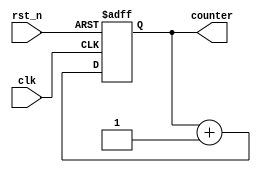
module counter_8bit (
    input clk,
    input rst_n,
    output [7:0] counter);

reg [7:0] counter_r = 0;

assign counter = counter_r;

always @(posedge clk, negedge rst_n) begin
    if (~rst_n)
    counter_r <= 8'b0;
    else
    counter_r <= counter_r + 1;
end
endmodule